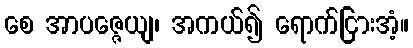
စေ အာပဇ္ဇေယျ၊ အကယ်၍ ရောက်ငြားအံ့။